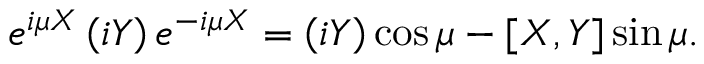
e ^ { i \mu X } \left( i Y \right) e ^ { - i \mu X } = \left( i Y \right) \cos { \mu } - [ X , Y ] \sin { \mu } .